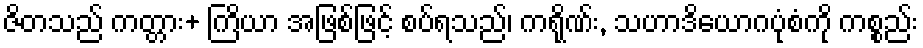
ဇိတသည် ကတ္တား+ ကြိယာ အဖြစ်ဖြင့် စပ်ရသည်၊ ကရိုဏ်း, သဟာဒိယောဂပုံစံကို ကစ္စည်း